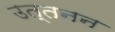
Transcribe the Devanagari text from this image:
उत्तनन